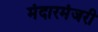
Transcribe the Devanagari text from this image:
मंदारमंजरी